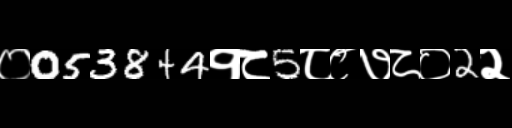
Text: ०053844१८5८८७८०2२